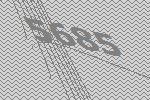
5685